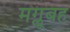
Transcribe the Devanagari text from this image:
मग्लूबह